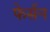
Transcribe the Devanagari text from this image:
फेर्सन